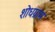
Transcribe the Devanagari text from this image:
शोधग्राम